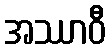
အဿာဝီ